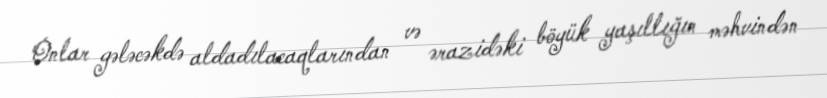
Onlar gələcəkdə aldadılacaqlarından və ərazidəki böyük yaşıllığın məhvindən